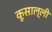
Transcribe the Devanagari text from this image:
कूसाल्ली